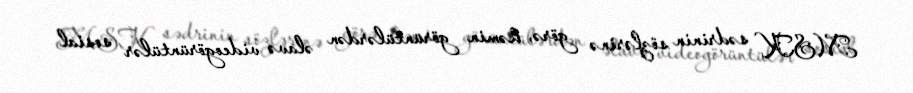
MSK sədrinin sözlərinə görə, həmin görüntülərdən əlavə videogörüntülər sosial